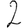
Digit: 2